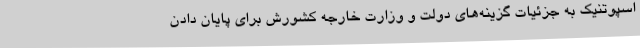
اسپوتنیک به جزئیات گزینه‌های دولت و وزارت خارجه کشورش برای پایان دادن